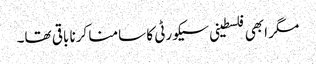
مگر ابھی فلسطینی سیکورٹی کا سامنا کرنا باقی تھا۔